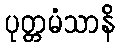
ပုတ္တမံသာနိ